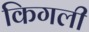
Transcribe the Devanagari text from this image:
किगली